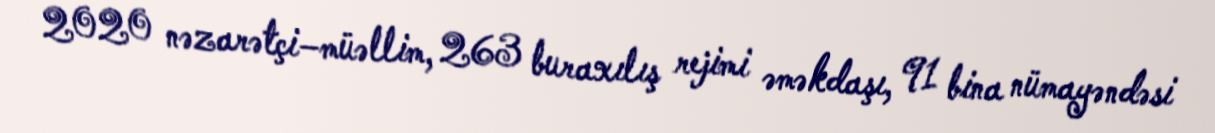
2020 nəzarətçi–müəllim, 263 buraxılış rejimi əməkdaşı, 91 bina nümayəndəsi